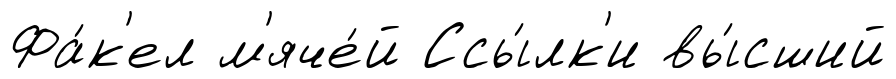
Фа́к'ел м'яче́й Ссы́лк'и вы́сший